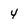
Character: 4